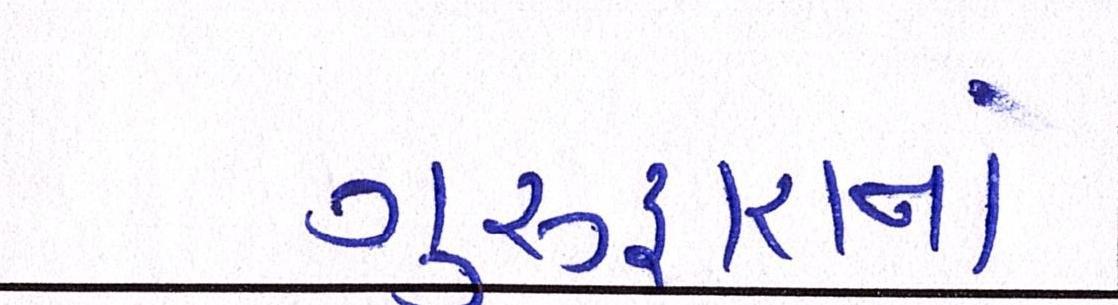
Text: ગુરુદ્વારાનાં